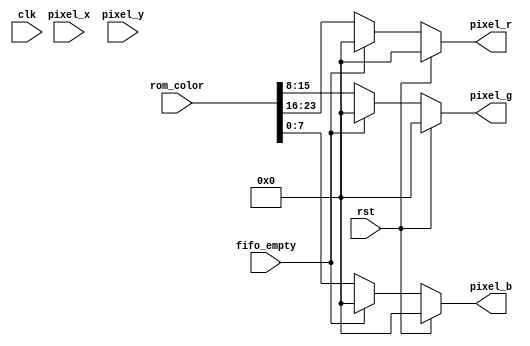
`timescale 1ns / 1ps
//////////////////////////////////////////////////////////////////////////////////
// Company: ECE554
// 
// Design Name: 
// Module Name:    draw_logic 
// Project Name: Miniproject 2 - VGA
// Target Devices: Virtex-5
// Tool versions: 
// Description: 
//
// Dependencies: 
//
// Revision: 
// Revision 0.01 - File Created
// Additional Comments: 
// assigns pixel values based on rom data and timing
//////////////////////////////////////////////////////////////////////////////////

module draw_logic(clk, rst, pixel_x, pixel_y, pixel_r, pixel_g, pixel_b, rom_color, fifo_empty);
    input clk;
    input rst;
    input [9:0] pixel_x;
    input [9:0] pixel_y;
    input fifo_empty;
    input [23:0] rom_color;
	 
    output reg [7:0] pixel_r;
    output reg [7:0] pixel_g;
    output reg [7:0] pixel_b;

	 // Write using State Machine waiting for correct signal to start displaying
    always@(*) begin
		pixel_r = 8'h00;
		pixel_g = 8'h00;
		pixel_b = 8'h00;
		if(~rst) begin
		  if(!fifo_empty) begin
				pixel_r = rom_color[23:16];
				pixel_g = rom_color[15:8];
				pixel_b = rom_color[7:0];
		  end
		end
	 end
	 
	 
endmodule